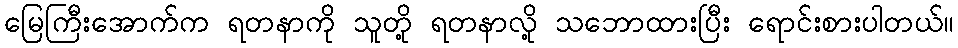
မြေကြီးအောက်က ရတနာကို သူတို့ ရတနာလို့ သဘောထားပြီး ရောင်းစားပါတယ်။